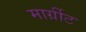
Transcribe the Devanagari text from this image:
मार्ग्रीट